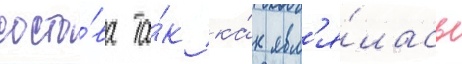
соста́ва та́к ка́к явл'я́лась